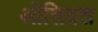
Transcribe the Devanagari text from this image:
ओलिवल